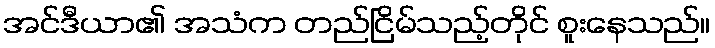
အင်ဒီယာ၏ အသံက တည်ငြိမ်သည့်တိုင် စူးနေသည်။